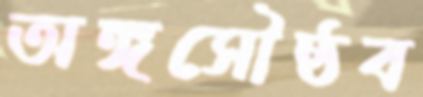
অঙ্গসৌষ্ঠব